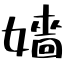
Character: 嬙